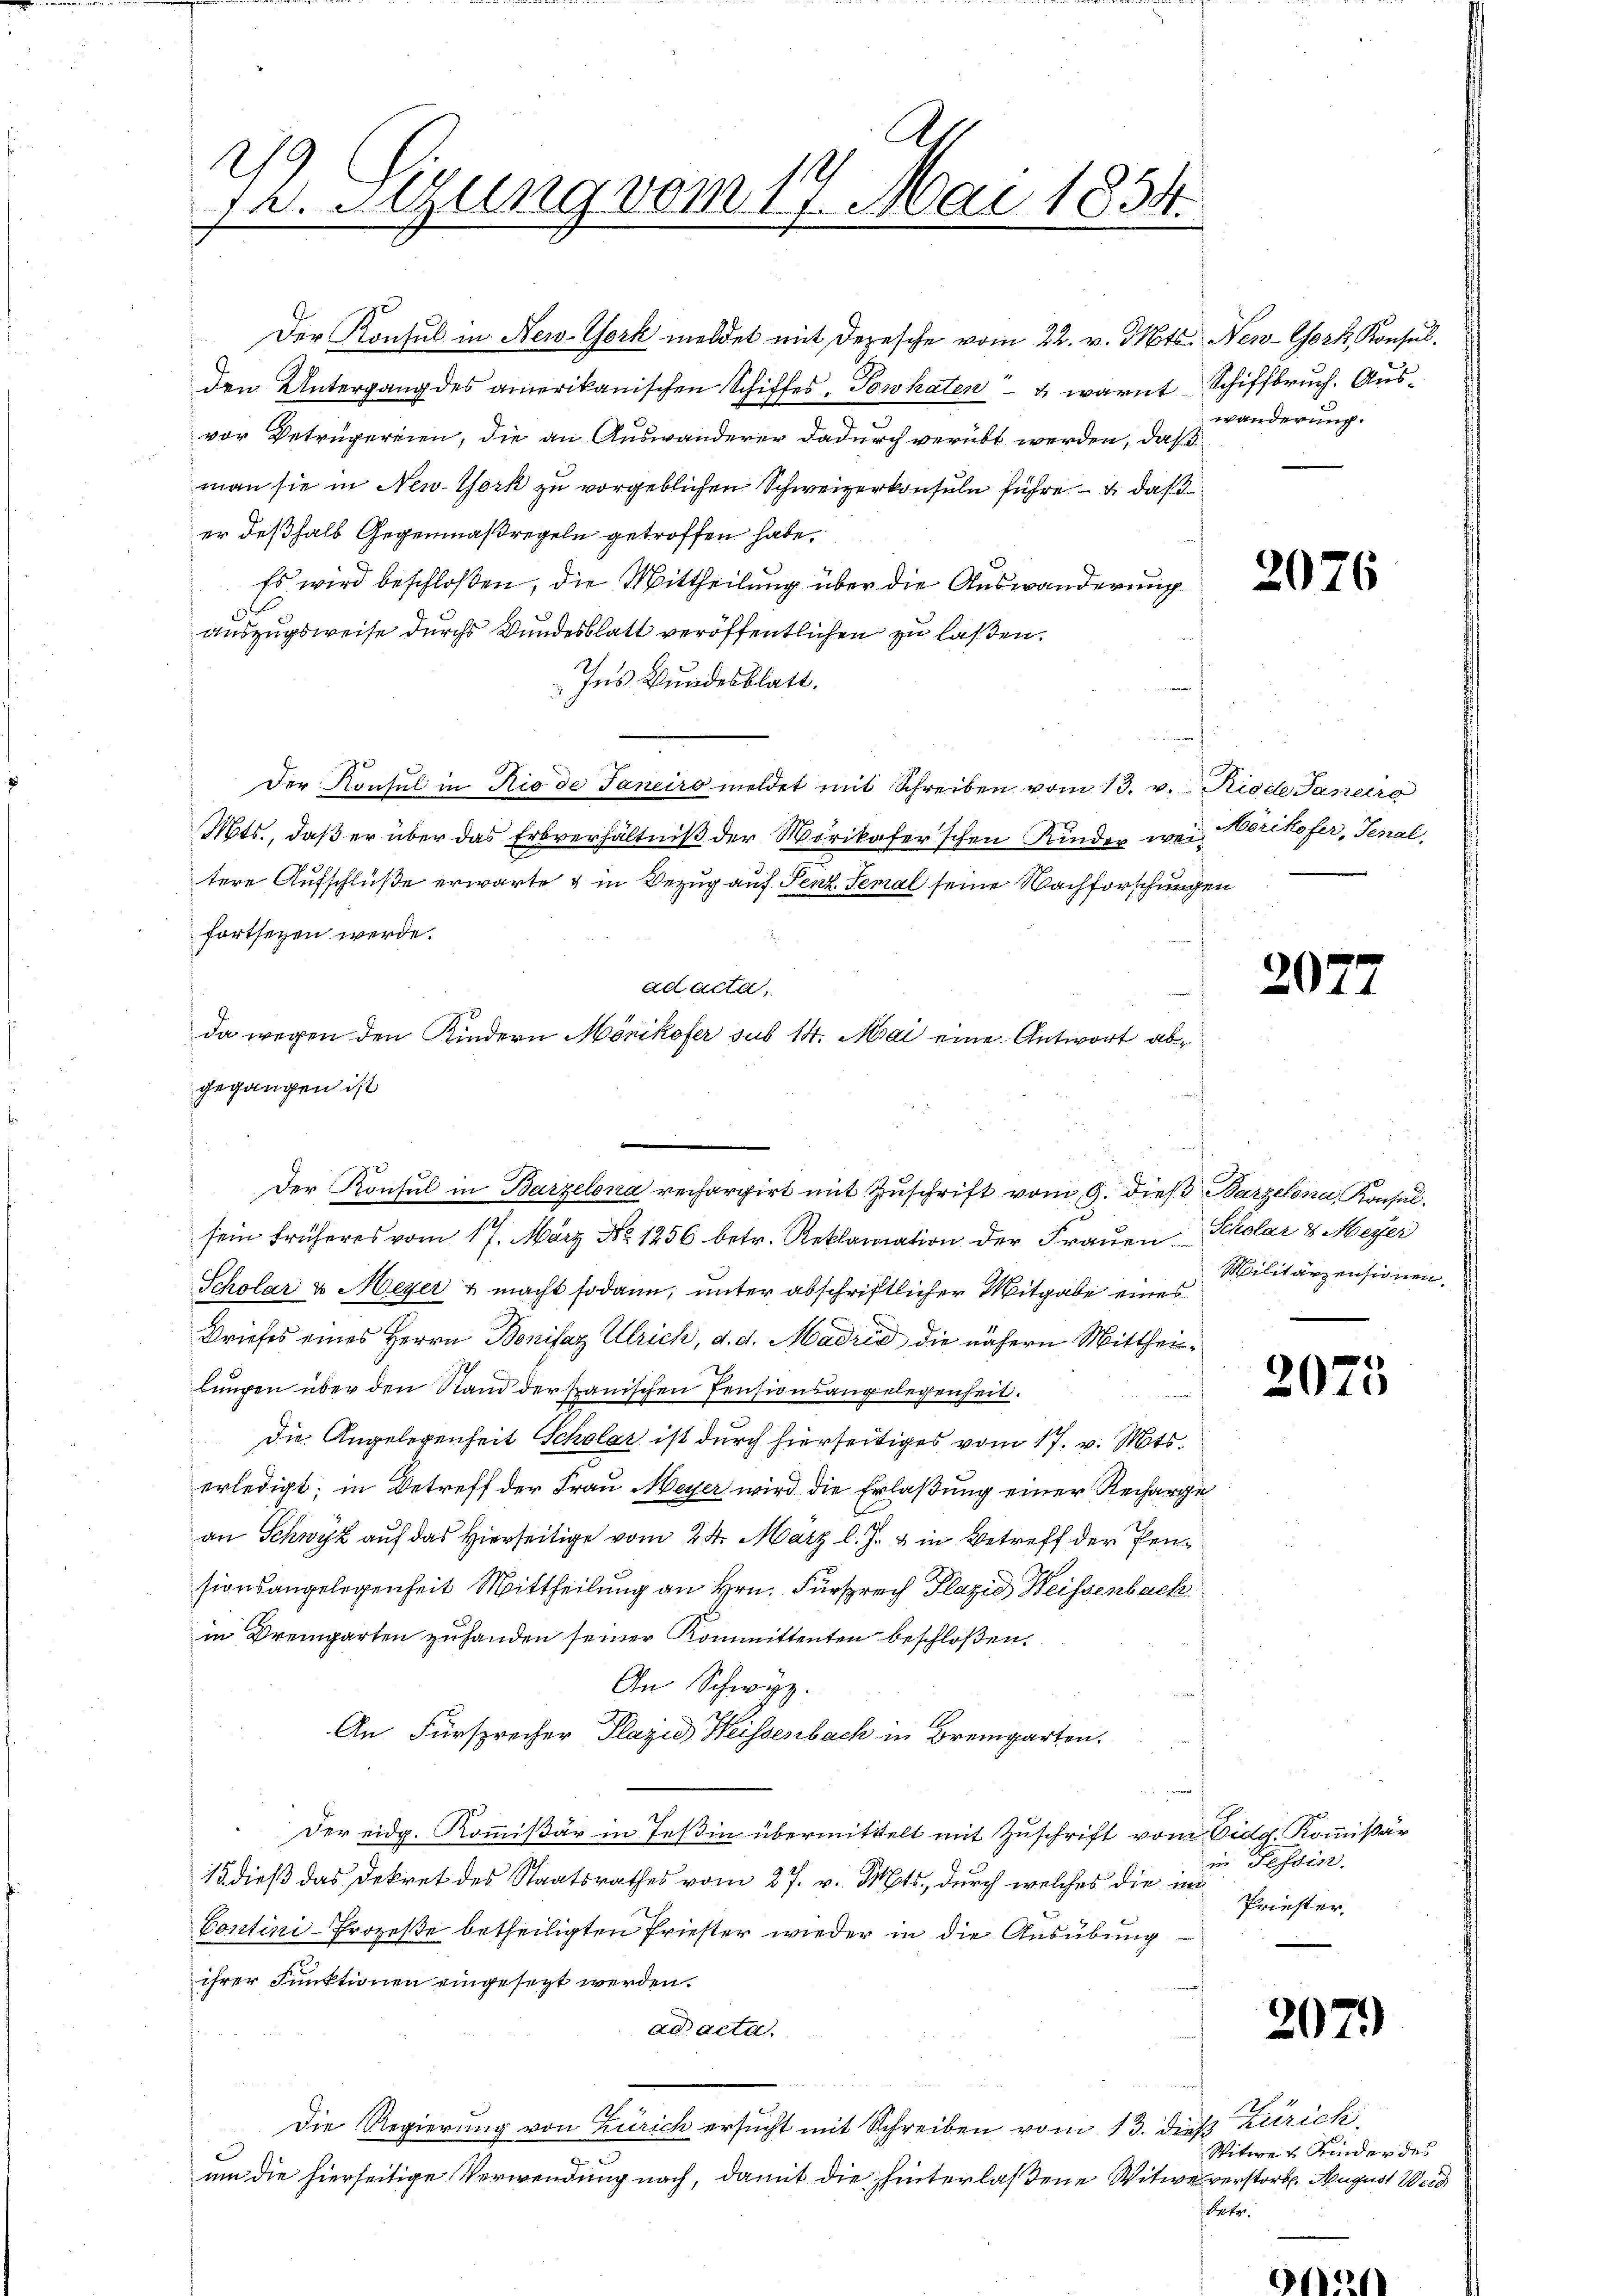
1. Sitzung vom 17. Mai 1854.
e
.

ad acta,
da wegen den Kindern Mörikofer sub 14. Mai eine Antwort abgegangen ist

Der Konsul in New-York meldet mit Depesche vom 22. v. Mts. New-York, Konsul
Den Untergang des amerikanischen Schiffes, Towhaten & warnt Schiffbruch. Ausvor Betrugereien, die an Auswanderer dadurch verübt werden, daß
man sie in New-York zu vorgeblichen Schweizerkonsuln führe. — daß
er deßhalb Gegenmaßregeln getroffen habe.
Es wird beschloßen, die Mittheilung über die Auswanderung
auszugsweise durchs Bundesblatt veröffentlichen zu laßen.
Ins Bundesblatt.
Der Konsul in Rio de Janeiro meldet mit Schreiben vom 13. v. Riode Janeiro
Mts., daß er über das Erbverhältniß der Worikafer’schen Kinder weitere Aufschlüße erwarte & in Bezug auf Senz. Semal seine Nachforschungen
fortsegen werde.
sein früheres vom 17. März No 1256 betr. Reklamation der Frauen Scholar 8 Meyer
Scholar & Meyer & macht sodann, unter abschriftlicher Mitgabe eines
Briefes eines Herrn Bonifaz Ulrich, d. d. Madrid die nähern Mittheil¬
Lungen über den Stand der franischen Pensionsangelegenheit.
e
Die Angelegenheit Scholar ist durch hierseitiges vom 17. v. Mts.
erledigt; in Betreff der Frau Meyer wird die Erlaßung einer Recharge
an Schwyz auf das Hierseitige vom 24. März l. J. u in Betreff der Pensionsangelegenheit Mittheilung an Hrn. Fürsprech Plazid Weisenbach
in Bremgarten zuhanden seiner Kommittenten beschloßen:
An Schwyz.
An Fürsprecher Plazid Weissenbach in Bremgarten.
Der eidg. Kommißär in Teßin übermittelt mit Zuschrift vom Eidg. Kommißär
15 dieß das Dekret des Staatsrathes vom 27. v. Mts., durch welches die in
Contini-Prozeße betheiligten Priester wieder in die Ausübung
ihrer Funktionen eingesezt werden.
f
ad acta.
Die Regierung von Zürich ersucht mit Schreiben vom 13. dieß Zürich
um die hierseitige Verwendung nach, damit die hinterlaßene Witwe verstorb. August Weid

Der Konsul in Barzelona rechargirt mit Zŭschrift vom 9. dieß Barzelena Konsul

wanderung.

2076

Mörikofer, Senal

20

Militärzensionen.

2075

in Tessin.
Priester

207)

.
Witwer Kinder des
Pater